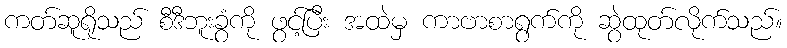
ကတ်ဆူရိုသည် စီဒီဘူးခွံကို ဖွင့်ပြီး အထဲမှ ကာဗာစာရွက်ကို ဆွဲထုတ်လိုက်သည်။